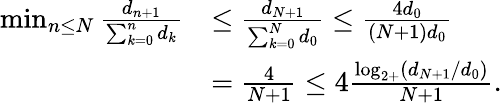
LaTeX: \begin{array}{rl}{\operatorname*{min}_{n\leq N}\frac{d_{n+1}}{\sum_{k=0}^{n}d_{k}}}&{\leq\frac{d_{N+1}}{\sum_{k=0}^{N}d_{0}}\leq\frac{4d_{0}}{(N+1)d_{0}}}\\ &{=\frac{4}{N+1}\leq 4\frac{\log_{2+}(d_{N+1}/d_{0})}{N+1}.}\end{array}